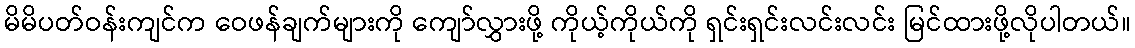
မိမိပတ်ဝန်းကျင်က ဝေဖန်ချက်များကို ကျော်လွှားဖို့ ကိုယ့်ကိုယ်ကို ရှင်းရှင်းလင်းလင်း မြင်ထားဖို့လိုပါတယ်။